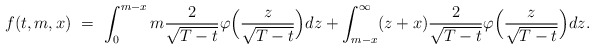
\begin{align*}f(t,m,x) \ = \ \int_0^{m-x} m \frac{2}{\sqrt{T-t}} \varphi\Big(\frac{z}{\sqrt{T-t}}\Big) dz + \int_{m-x}^\infty (z+x) \frac{2}{\sqrt{T-t}} \varphi\Big(\frac{z}{\sqrt{T-t}}\Big) dz.\end{align*}